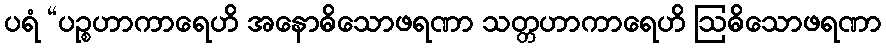
ပရံ “ပဉ္စဟာကာရေဟိ အနောဓိသောဖရဏာ သတ္တဟာကာရေဟိ ဩဓိသောဖရဏာ